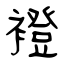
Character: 䙞